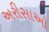
અરીસાઓ